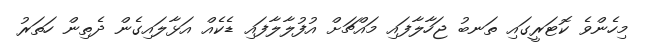
މިހެންވެ ކޮޓަރީގައި ތަނބު ޖަހާލާފައި މައްޗަށް އުފުލާލާފައި ޑެކެއް އަޅާލައިގެން ދެތިން ހަތަރު